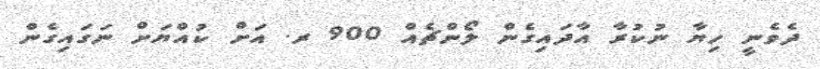
ދެވެނީ ހިޔާ ނުކުރާ އާދައިގެން ލޯންޗެއް 900 ރ. އަށް ކުއްޔަށް ނަގައިގެން